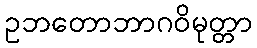
ဥဘတောဘာဂဝိမုတ္တာ